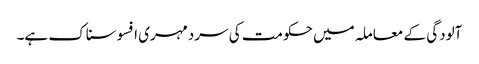
آلودگی کے معاملہ میں حکومت کی سردمہری افسوسناک ہے۔